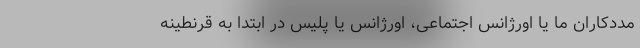
مددکاران ما یا اورژانس اجتماعی، اورژانس یا پلیس در ابتدا به قرنطینه